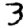
Digit: 3